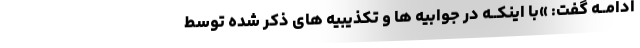
ادامــه گفت: »با اینکــه در جوابیه ها و تکذیبیه های ذکر شده توسط